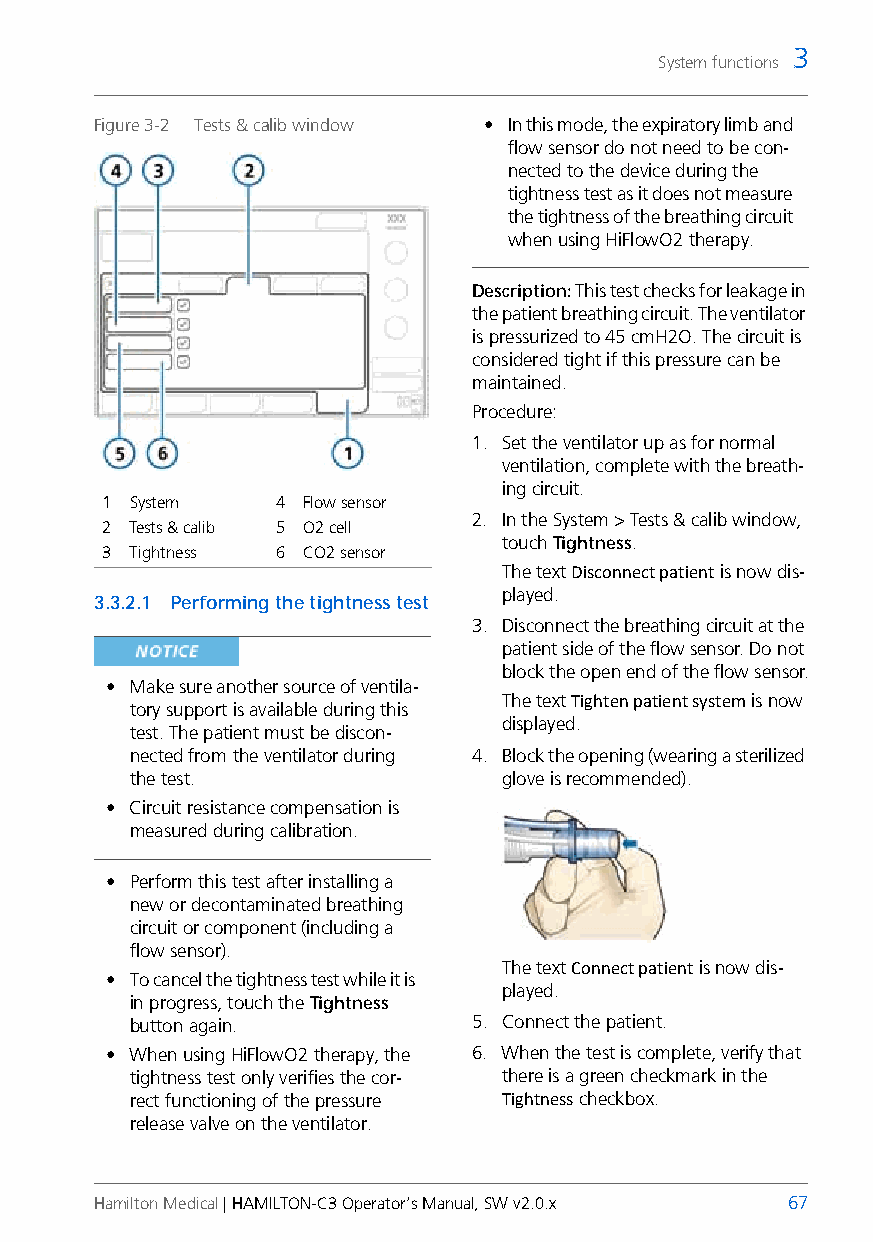
3
 System functions
 Figure 3-2 Tests & calib window • In this mode, the expiratory limb and
 flow sensor do not need to be con-
 nected to the device during the
 tightness test as it does not measure
 the tightness of the breathing circuit
 when using HiFlowO2 therapy.
 Description: This test checks for leakage in
 the patient breathing circuit. The ventilator
 is pressurized to 45cmH2O. The circuit is
 considered tight if this pressure can be
 maintained.
 Procedure:
 1. Set the ventilator up as for normal
 ventilation, complete with the breath-
 ing circuit.
 1 System   4 Flow sensor
 2. In the System > Tests & calib window,
 2 Tests & calib 5 O2 cell
 touch Tightness.
 3 Tightness 6 CO2 sensor
 The text Disconnect patient is now dis-
 played.
 3.3.2.1 Performing the tightness test
 3. Disconnect the breathing circuit at the
 patient side of the flow sensor. Donot
 block the open end of the flow sensor.
 • Make sure another source of ventila-
 The text Tighten patient system is now
 tory support is available during this
 displayed.
 test. The patient must be discon-
 nected from the ventilator during 4. Block the opening (wearing a sterilized
 the test.               glove is recommended).
 • Circuit resistance compensation is
 measured during calibration.
 • Perform this test after installing a
 new or decontaminated breathing
 circuit or component (including a
 flow sensor).
 The text Connect patient is now dis-
 • To cancel the tightness test while it is
 played.
 in progress, touch the Tightness
 button again.         5. Connect the patient.
 • When using HiFlowO2 therapy, the 6. When the test is complete, verify that
 tightness test only verifies the cor- there is a green checkmark in the
 rect functioning of the pressure Tightness checkbox.
 release valve on the ventilator.
 Hamilton Medical | HAMILTON-C3 Operator’s Manual, SW v2.0.x 67